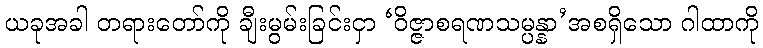
ယခုအခါ တရားတော်ကို ချီးမွမ်းခြင်းငှာ ‘ဝိဇ္ဇာစရဏသမ္ပန္နာ’အစရှိသော ဂါထာကို